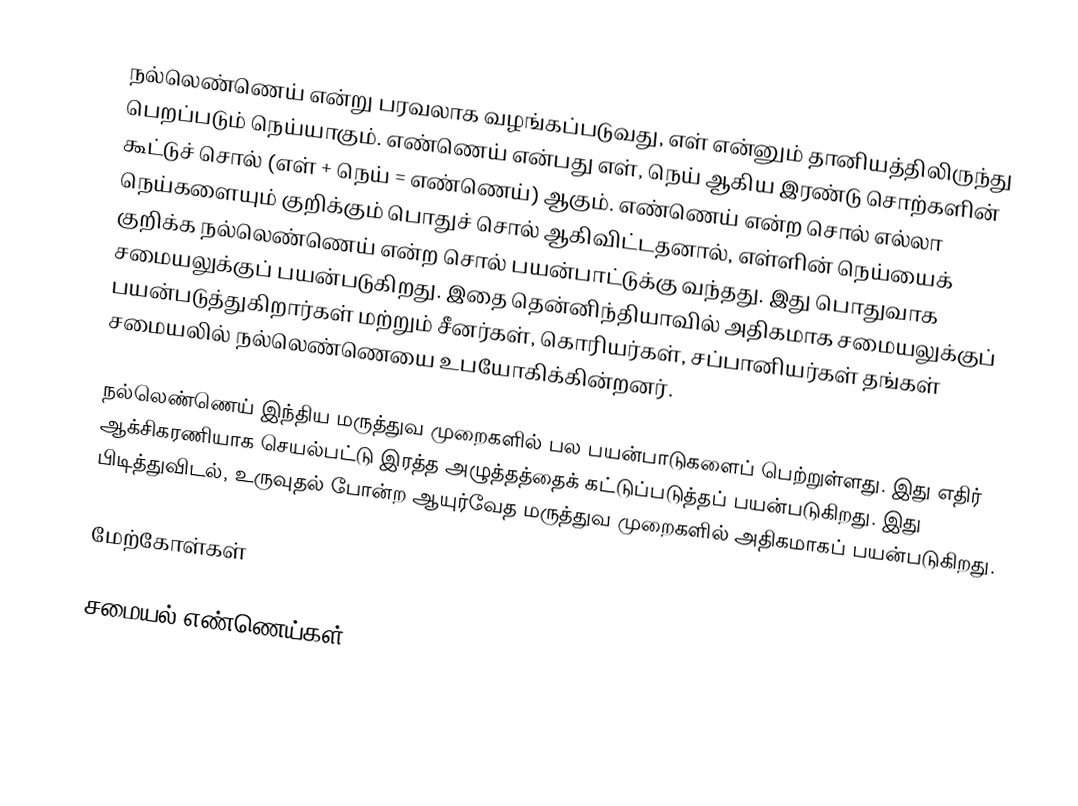
நல்லெண்ணெய் என்று பரவலாக வழங்கப்படுவது, எள் என்னும் தானியத்திலிருந்து பெறப்படும் நெய்யாகும். எண்ணெய் என்பது எள், நெய் ஆகிய இரண்டு சொற்களின் கூட்டுச் சொல் (எள் + நெய் = எண்ணெய்) ஆகும். எண்ணெய் என்ற சொல் எல்லா நெய்களையும் குறிக்கும் பொதுச் சொல் ஆகிவிட்டதனால், எள்ளின் நெய்யைக் குறிக்க நல்லெண்ணெய் என்ற சொல் பயன்பாட்டுக்கு வந்தது. இது பொதுவாக சமையலுக்குப் பயன்படுகிறது. இதை தென்னிந்தியாவில் அதிகமாக சமையலுக்குப் பயன்படுத்துகிறார்கள் மற்றும் சீனர்கள், கொரியர்கள், சப்பானியர்கள் தங்கள் சமையலில் நல்லெண்ணெயை உபயோகிக்கின்றனர்.

நல்லெண்ணெய் இந்திய மருத்துவ முறைகளில் பல பயன்பாடுகளைப் பெற்றுள்ளது. இது எதிர் ஆக்சிகரணியாக செயல்பட்டு இரத்த அழுத்தத்தைக் கட்டுப்படுத்தப் பயன்படுகிறது. இது பிடித்துவிடல், உருவுதல் போன்ற ஆயுர்வேத மருத்துவ முறைகளில் அதிகமாகப் பயன்படுகிறது.

மேற்கோள்கள்

சமையல் எண்ணெய்கள்